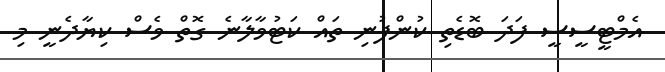
އެމްޓީސީސީ ފަދަ ބޮޑެތި ކުންފުނި ތައް ކަޓުވާލާނެ ގޮތް ވެސް ކިޔާދެނީ މި